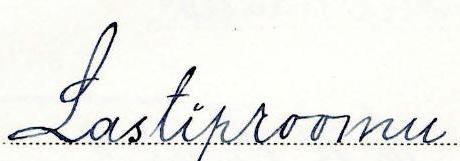
Lastiproomu